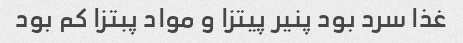
غذا سرد بود پنیر پیتزا و مواد پبتزا کم بود